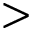
>